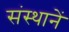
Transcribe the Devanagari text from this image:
संस्थानें